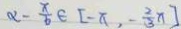
\alpha - \frac { \pi } { 6 } \in [ - \pi , - \frac { 2 } { 3 } \pi ]